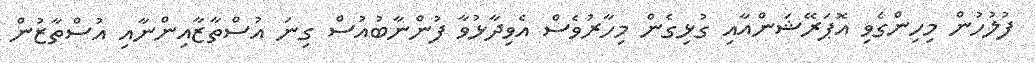
ފުލުހުން މިހިންގެވި އޮޕަރޭޝަންއާއި ގުޅިގެން މިހާރުވެސް އެވިދާޅުވާ ފުންނާބުއުސް ގިނަ އުސްތާޒާއިންނާއި އުސްތާޒުން